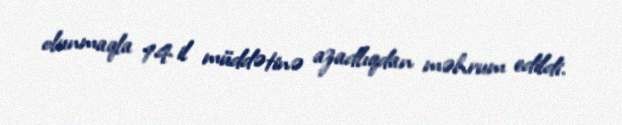
olunmaqla 14 il müddətinə azadlıqdan məhrum edildi.